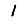
Digit: 1